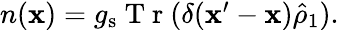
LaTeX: \begin{array}{r}{n(\mathbf{x})=g_{\mathrm{s}}\mathrm{~T~r~}(\delta(\mathbf{x}^{\prime}-\mathbf{x})\hat{\rho}_{1}).}\end{array}